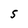
Character: S